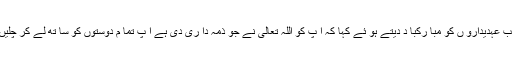
گورنر پنجا ب نے ملتا ن یونین آف جرنلسٹس کے نو منتخب عہدیدارو ں کو مبا رکبا د دیتے ہو ئے کہا کہ آ پ کو اللہ تعالی نے جو ذمہ دا ری دی ہے آ پ تما م دوستوں کو سا تھ لے کر چلیں اور ان کے مسا ئل حل کر انے میں اپنا کر دا ر ادا کریں۔